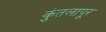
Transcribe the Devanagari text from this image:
कुंतलापूर